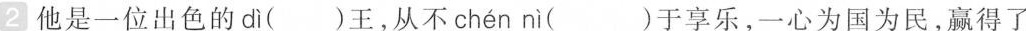
2 他是一位出色的 dì ()王，从不 chén nì ()于享乐，一心为国为民，赢得了